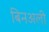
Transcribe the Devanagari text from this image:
बिनअली